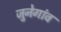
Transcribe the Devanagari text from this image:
जुनेगांव